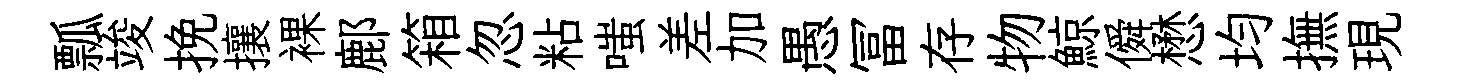
瓢竣挽攘裸鄜箱忽粘嗤差加愚冨存物鯨僢懋均撫現